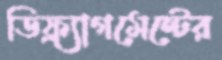
ডিফ্র্যাগমেন্টের